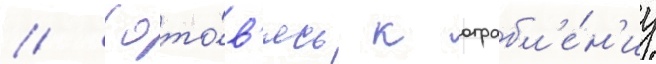
// Гото́в'ясь к ограбл'е́н'иу